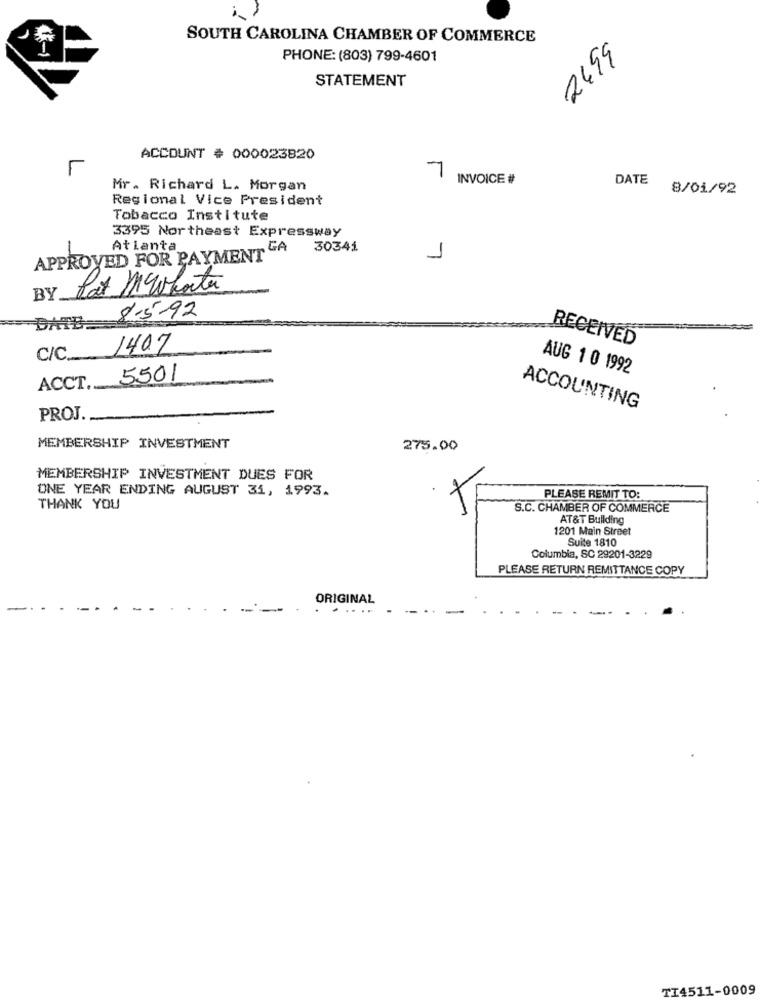
SOUTH CAROLINA CHAMBER OF COMMERCE
4-1
PHONE: (803) 799-4601
2499
STATEMENT
ACCOUNT # 000023820
7
INVOICE #
DATE
Mr. Richard L. Morgan
8/01/92
Regional Vice President
Tobacco Institute
3395 Northeast Expressway
Atlanta
30341
APPROVED FOR PAYMENT GA
1
Lat MEWhata
BY.
8.5-92
RECEIVED
1407
C/C __
AUG 1 0 1992
5501
ACCT ......
ACCOUNTING
PROJ ..
MEMBERSHIP INVESTMENT
275.00
MEMBERSHIP INVESTMENT DUES FOR
ONE YEAR ENDING AUGUST 31, 1993.
PLEASE REMIT TO:
THANK YOU
S.C. CHAMBER OF COMMERCE
AT&T Building
1201 Main Street
Suite 1810
Columbia, SC 29201-3229
PLEASE RETURN REMITTANCE COPY
ORIGINAL
.. .
TI4511-0009